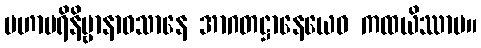
မဟာပရိနိဗ္ဗာနာဝသာနေ အာဂတဋ္ဌာနေယေဝ ကထယိဿာမ။